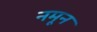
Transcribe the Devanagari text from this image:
नमून